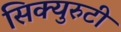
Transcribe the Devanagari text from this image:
सिक्युरुटी